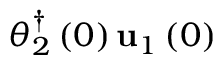
\boldsymbol { \theta } _ { 2 } ^ { \dagger } \left( 0 \right) { \bf u } _ { 1 } \left( 0 \right)